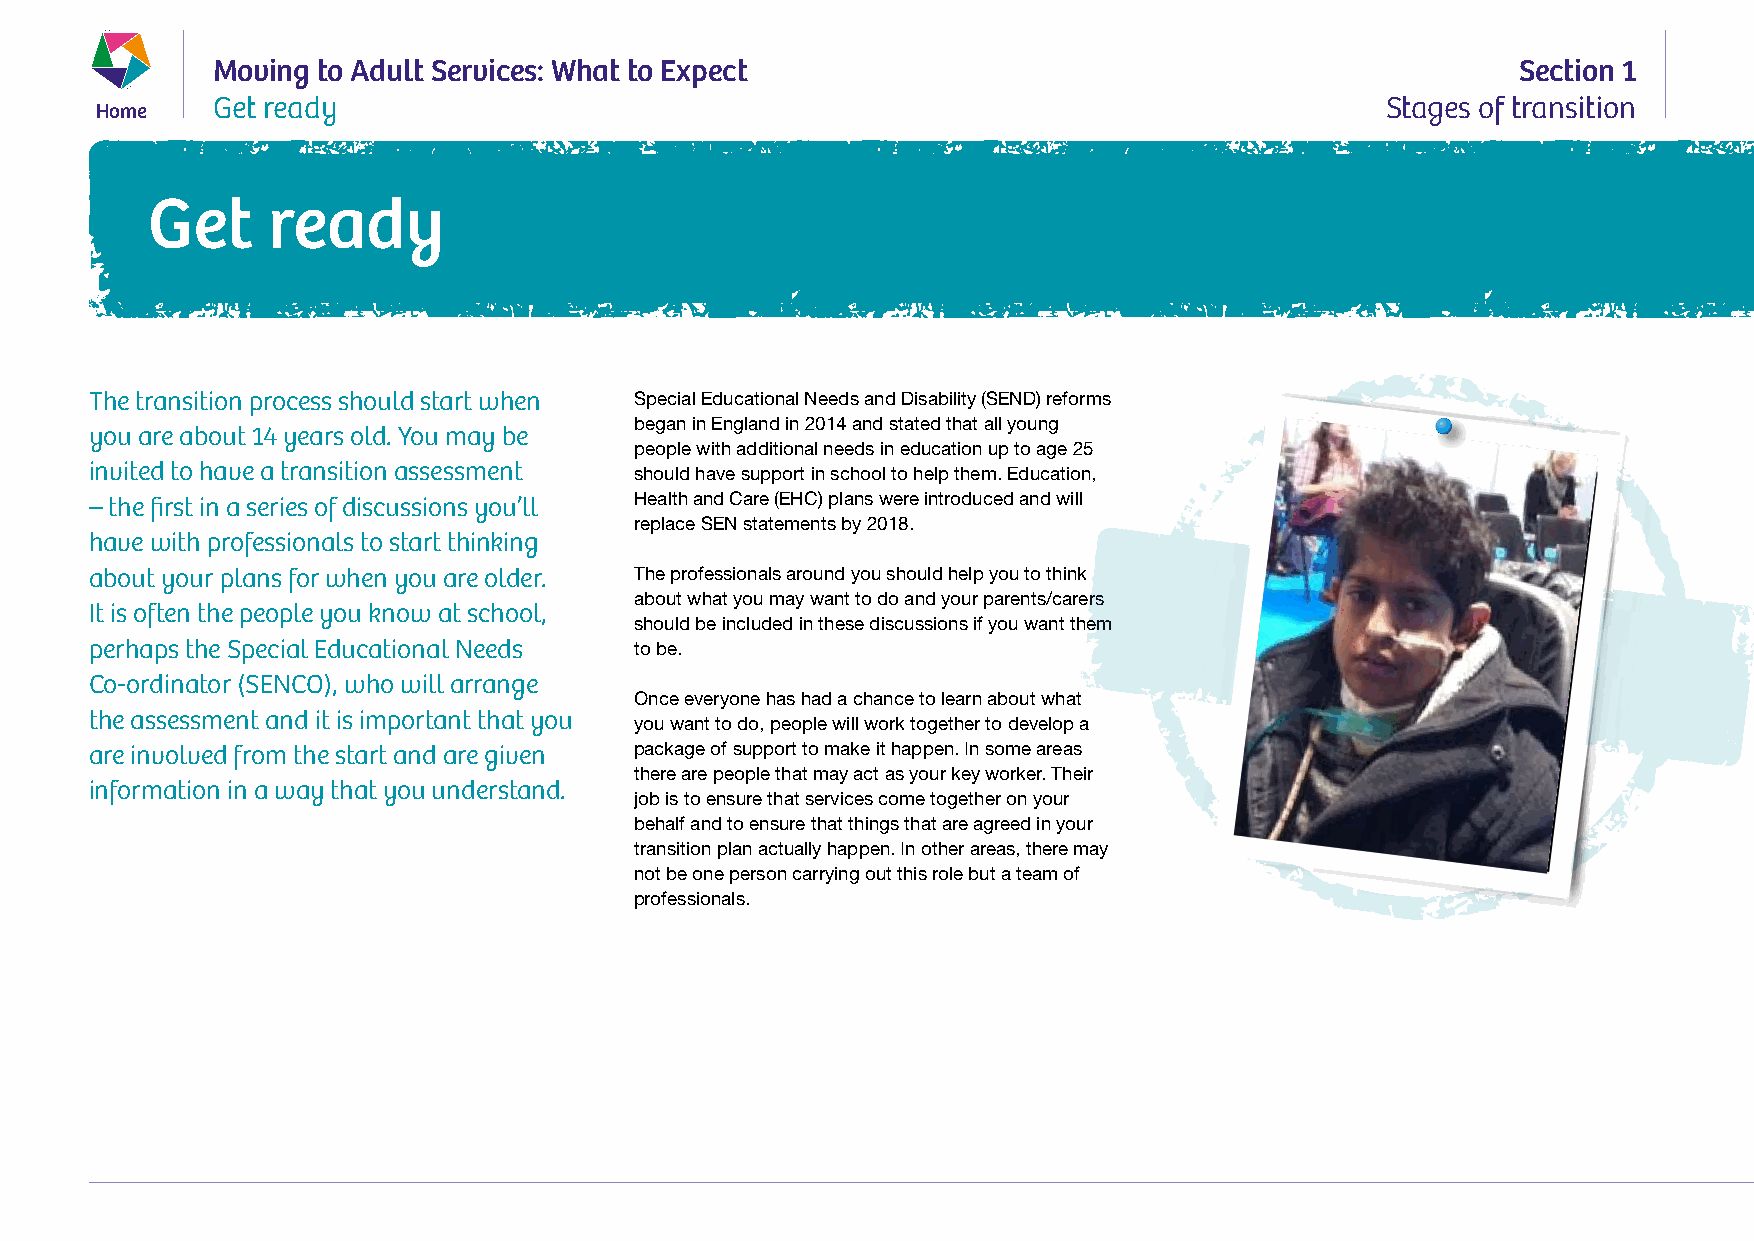
Moving to Adult Services: What to Expect                                               Section 1
 Home    Get ready                                                                     Stages of transition
 Get     ready
 The transition process should start when Special Educational Needs and Disability (SEND) reforms
 began in England in 2014 and stated that all young
 you are about 14 years old. You may be
 people with additional needs in education up to age 25
 invited to have a transition assessment should have support in school to help them. Education,
 – the first in a series of discussions you’ll Health and Care (EHC) plans were introduced and will
 replace SEN statements by 2018.
 have with professionals to start thinking
 about your plans for when you are older. The professionals around you should help you to think
 about what you may want to do and your parents/carers
 It is often the people you know at school,
 should be included in these discussions if you want them
 perhaps the Special Educational Needs to be.
 Co-ordinator (SENCO), who will arrange
 Once everyone has had a chance to learn about what
 the assessment and it is important that you
 you want to do, people will work together to develop a
 are involved from the start and are given package of support to make it happen. In some areas
 there are people that may act as your key worker. Their
 information in a way that you understand.
 job is to ensure that services come together on your
 behalf and to ensure that things that are agreed in your
 transition plan actually happen. In other areas, there may
 not be one person carrying out this role but a team of
 professionals.